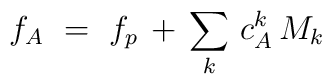
f_A\ =\ f_p\, +\, \sum_k\, c^k_A\, M_k